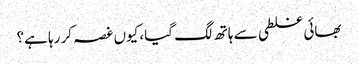
بھائی غلطی سے ہاتھ لگ گیا، کیوں غصہ کر رہا ہے؟